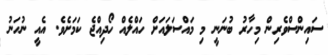
ސައިންސްވެރިން މިހާރު ބުނަނީ މި މައްސަލައަށް ހައްލެއް ހޯދިއްޖެ ކަމަށެވެ. އެއީ ނުހަނު